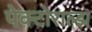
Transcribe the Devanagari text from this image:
पेक्टोराल्झ